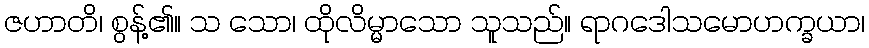
ဇဟာတိ၊ စွန့်၏။ သ သော၊ ထိုလိမ္မာသော သူသည်။ ရာဂဒေါသမောဟက္ခယာ၊